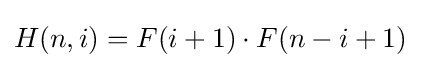
H(n,i)=F(i+1)\cdot F(n-i+1)